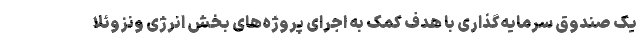
یک صندوق سرمایه‌گذاری با هدف کمک به اجرای پروژه‌های بخش انرژی ونزوئلا